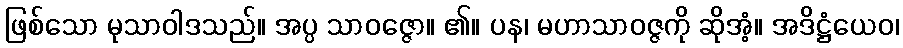
ဖြစ်သော မုသာဝါဒသည်။ အပ္ပ သာဝဇ္ဇော။ ၏။ ပန၊ မဟာသာဝဇ္ဇကို ဆိုအံ့။ အဒိဋ္ဌံယေဝ၊